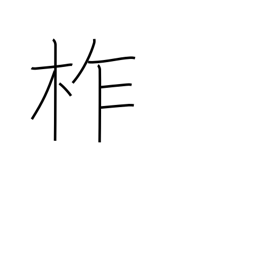
Meaning: type of oak